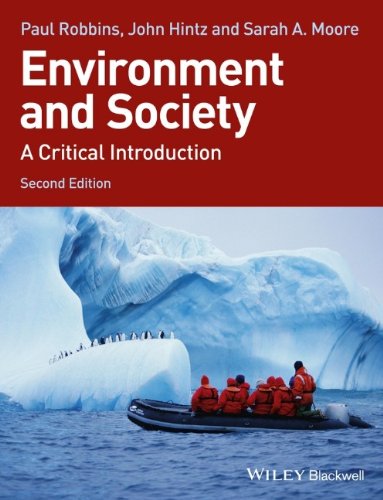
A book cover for Environment and Society: A Critical Introduction; Paul Robbins; Science & Math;